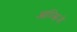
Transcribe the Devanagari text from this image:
आव्स्त्रिजे